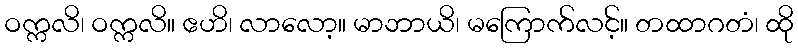
ဝက္ကလိ၊ ဝက္ကလိ။ ဧဟိ၊ လာလော့။ မာဘာယိ၊ မကြောက်လင့်။ တထာဂတံ၊ ထို